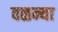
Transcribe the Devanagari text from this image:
वळन्या